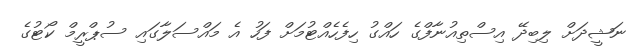
ނަޝީދަށް ލިބިދޭ އިސްތިއުނާފްގެ ހައްގު ހިފެހެއްޓުމަށް ފަހު އެ މައްސަލާގައި ސުޕްރީމް ކޯޓުގެ